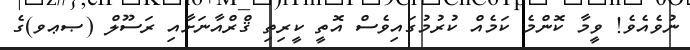
ނުވެއެވެ! ވީމާ ކޮންމެ ކަމެއް ކުރުމުގައިވެސް އޮތީ ކީރިތި ޤްރްއާނަށާއި ރަސޫލް (ޞޢވ)ގެ